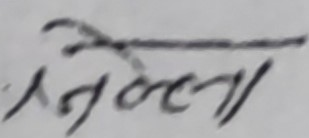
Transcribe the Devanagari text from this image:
जलला